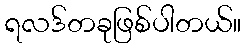
ရလဒ်တခုဖြစ်ပါတယ်။